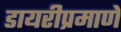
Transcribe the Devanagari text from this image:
डायरीप्रमाणे